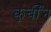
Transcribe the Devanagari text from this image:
कुर्चीन